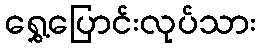
ရွှေ့ပြောင်းလုပ်သား